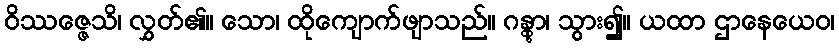
ဝိဿဇ္ဇေသိ၊ လွှတ်၏။ သော၊ ထိုကျောက်ဖျာသည်။ ဂန္တွာ၊ သွား၍။ ယထာ ဌာနေယေဝ၊